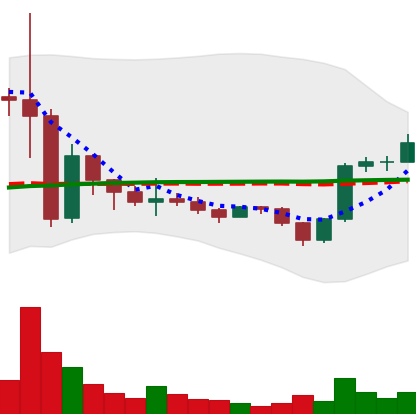
Ticker: BNB-USD
Chart end date: 2022-11-26
Forward return: -6.221%
Label: down_5_7